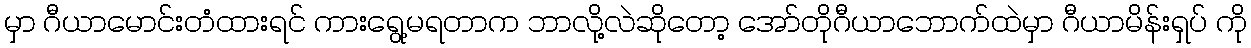
မှာ ဂီယာမောင်းတံထားရင် ကားရွေ့မရတာက ဘာလို့လဲဆိုတော့ အော်တိုဂီယာဘောက်ထဲမှာ ဂီယာမိန်းရှပ် ကို